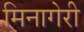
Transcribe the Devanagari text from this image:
मिनागेरी